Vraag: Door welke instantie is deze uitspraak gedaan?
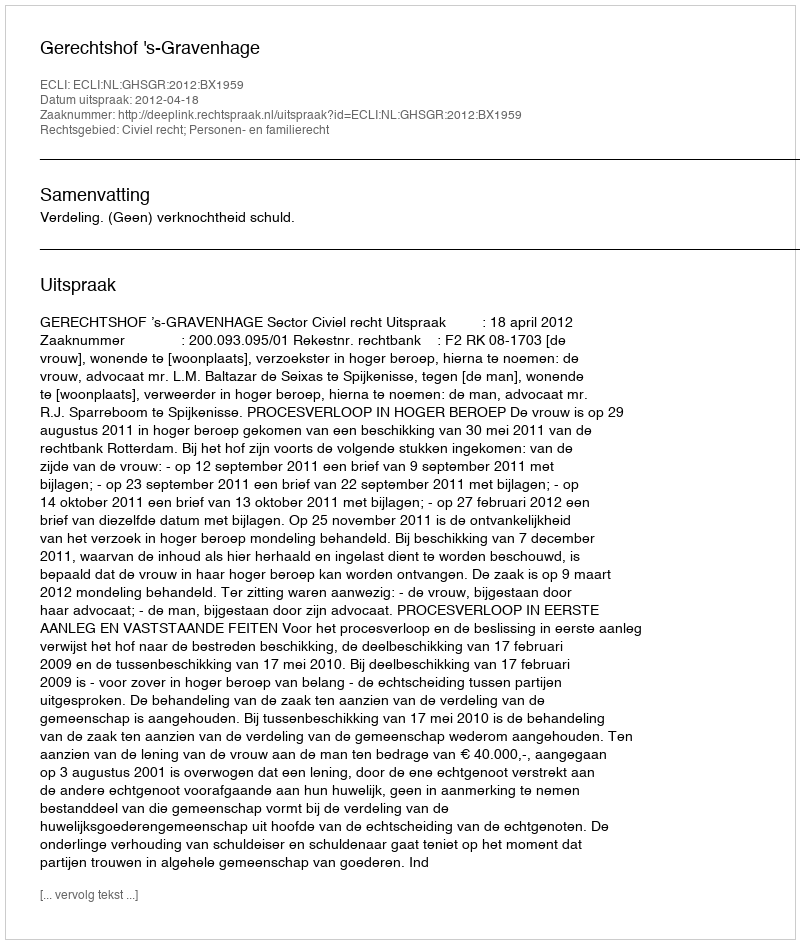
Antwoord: Gerechtshof 's-Gravenhage